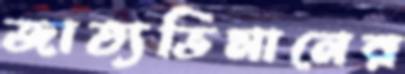
জাত্যভিমানের